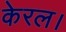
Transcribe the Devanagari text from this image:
केरल।